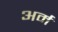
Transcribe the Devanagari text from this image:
अर्म